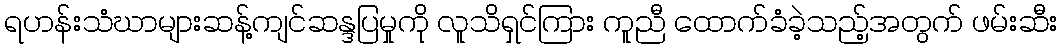
ရဟန်းသံဃာများဆန့်ကျင်ဆန္ဒပြမှုကို လူသိရှင်ကြား ကူညီ ထောက်ခံခဲ့သည့်အတွက် ဖမ်းဆီး